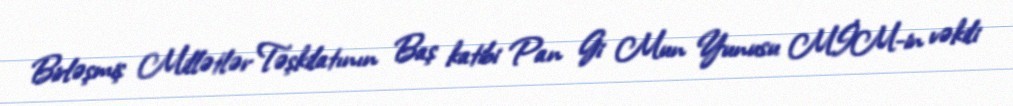
Birləşmiş Millətlər Təşkilatının Baş katibi Pan Gi Mun Yunusu MİM-in vəkili